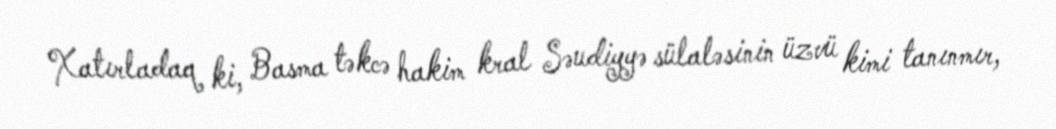
Xatırladaq ki, Basma təkcə hakim kral Səudiyyə sülaləsinin üzvü kimi tanınmır,